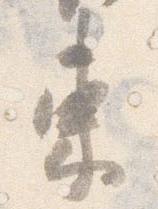
束